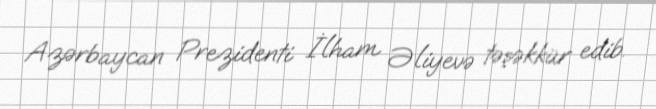
Azərbaycan Prezidenti İlham Əliyevə təşəkkür edib.